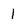
Character: 1